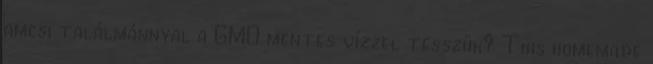
amcsi találmánnyal a GMO mentes vízzel tesszük? This homemade